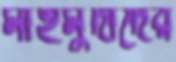
মাহমুদাদের